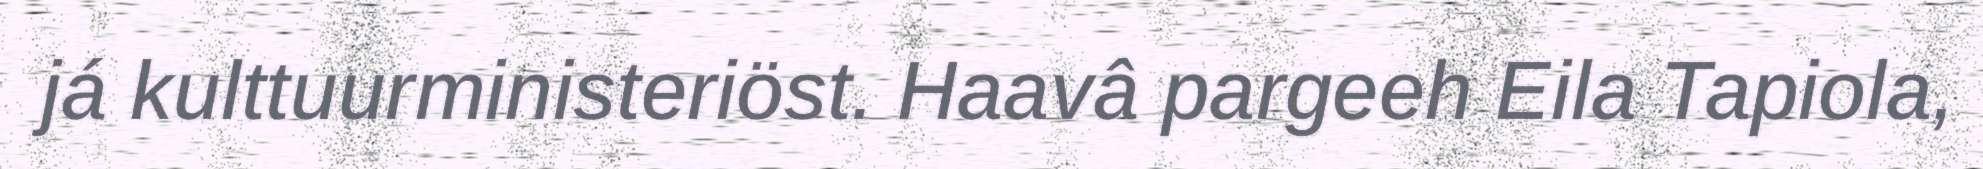
já kulttuurministeriöst. Haavâ pargeeh Eila Tapiola,